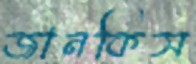
জানকিস